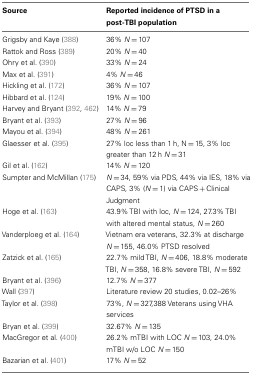
<table><thead><tr><td><b>Source</b></td><td><b>Reported incidence of PTSD in a post-TBI population</b></td></tr></thead><tbody><tr><td>Grigsby and Kaye (388)</td><td>36% <i>N</i> = 107</td></tr><tr><td>Rattok and Ross (389)</td><td>20% <i>N</i> = 40</td></tr><tr><td>Ohry et al. (390)</td><td>33% <i>N</i> = 24</td></tr><tr><td>Max et al. (391)</td><td>4% <i>N</i> = 46</td></tr><tr><td>Hickling et al. (172)</td><td>36% <i>N</i> = 107</td></tr><tr><td>Hibbard et al. (124)</td><td>19% <i>N</i> = 100</td></tr><tr><td>Harvey and Bryant (392, 462)</td><td>14% <i>N</i> = 79</td></tr><tr><td>Bryant et al. (393)</td><td>27% <i>N</i> = 96</td></tr><tr><td>Mayou et al. (394)</td><td>48% <i>N</i> = 261</td></tr><tr><td>Glaesser et al. (395)</td><td>27% loc less than 1 h, N = 15, 3% loc greater than 12 h <i>N</i> = 31</td></tr><tr><td>Gil et al. (162)</td><td>14% <i>N</i> = 120</td></tr><tr><td>Sumpter and McMillan (175)</td><td><i>N</i> = 34, 59% via PDS, 44% via IES, 18% via CAPS, 3% (<i>N</i> = 1) via CAPS + Clinical Judgment</td></tr><tr><td>Hoge et al. (163)</td><td>43.9% TBI with loc, <i>N</i> = 124, 27.3% TBI with altered mental status, <i>N</i> = 260</td></tr><tr><td>Vanderploeg et al. (164)</td><td>Vietnam era veterans, 32.3% at discharge <i>N</i> = 155, 46.0% PTSD resolved</td></tr><tr><td>Zatzick et al. (165)</td><td>22.7% mild TBI, <i>N</i> = 406, 18.8% moderate TBI, <i>N</i> = 358, 16.8% severe TBI, <i>N</i> = 592</td></tr><tr><td>Bryant et al. (396)</td><td>12.7% <i>N</i> = 377</td></tr><tr><td>Wall (397)</td><td>Literature review 20 studies, 0.02–26%</td></tr><tr><td>Taylor et al. (398)</td><td>73%, <i>N</i> = 327,388 Veterans using VHA services</td></tr><tr><td>Bryan et al. (399)</td><td>32.67% <i>N</i> = 135</td></tr><tr><td>MacGregor et al. (400)</td><td>26.2% mTBI with LOC <i>N</i> = 103, 24.0% mTBI w/o LOC <i>N</i> = 150</td></tr><tr><td>Bazarian et al. (401)</td><td>17% <i>N</i> = 52</td></tr></tbody></table>